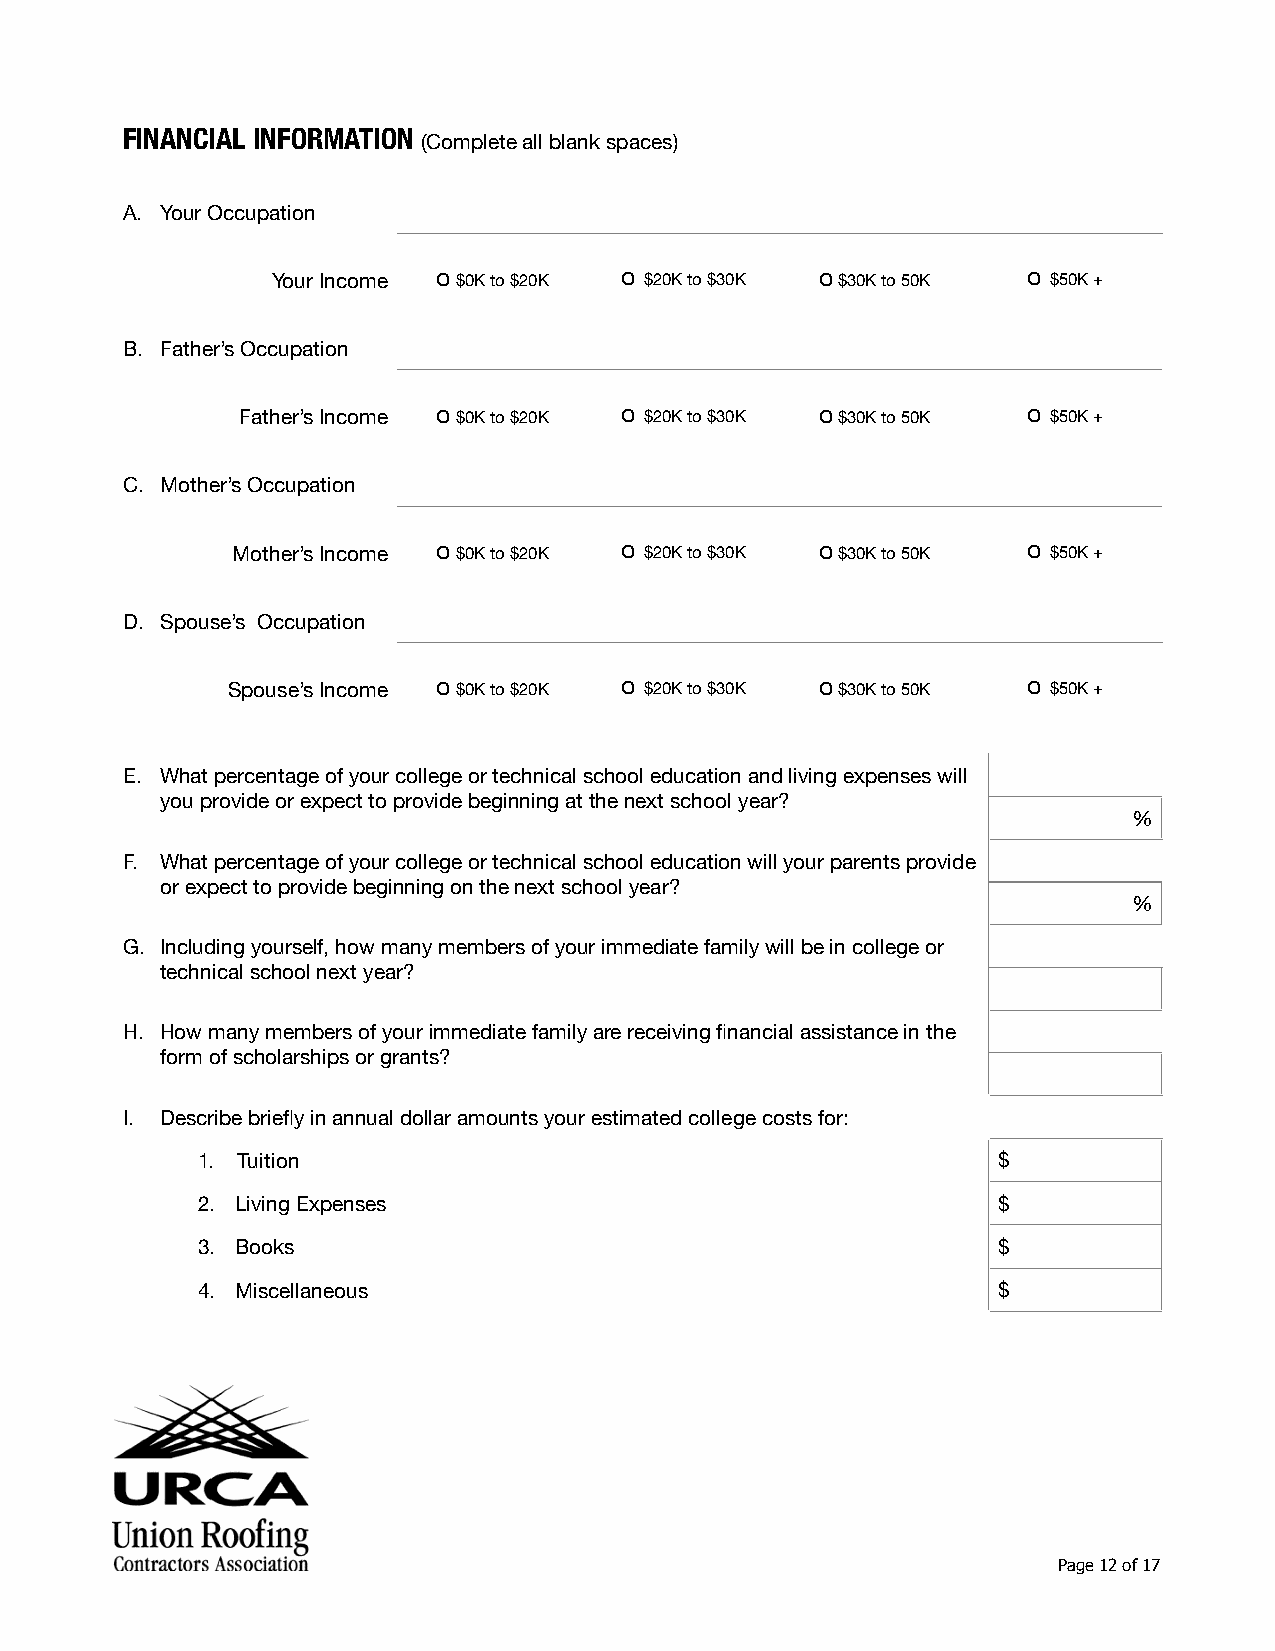
FINANCIAL INFORMATION
 (Complete all blank spaces)
 A. Your Occupation
 Your Income o $0K to $20K o $20K to $30K o $30K to 50K o $50K +
 B. Father’s Occupation
 Father’s Income o $0K to $20K o $20K to $30K o $30K to 50K o $50K +
 C. Mother’s Occupation
 Mother’s Income o $0K to $20K o $20K to $30K o $30K to 50K o $50K +
 D. Spouse’s Occupation
 Spouse’s Income o $0K to $20K o $20K to $30K o $30K to 50K o $50K +
 E. What percentage of your college or technical school education and living expenses will
 you provide or expect to provide beginning at the next school year?
 %
 F. What percentage of your college or technical school education will your parents provide
 or expect to provide beginning on the next school year?
 %
 G. Including yourself, how many members of your immediate family will be in college or
 technical school next year?
 H. How many members of your immediate family are receiving financial assistance in the
 form of scholarships or grants?
 I. Describe briefly in annual dollar amounts your estimated college costs for:
 1. Tuition                                           $
 2. Living Expenses                                   $
 3. Books                                             $
 4. Miscellaneous                                     $
 Page 12 of 17